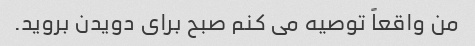
من واقعاً توصیه می کنم صبح برای دویدن بروید.